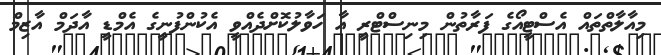
މިއާލާތްތައް އެސްޓީއޯގެ ފަރާތުން މިނިސްޓްރީ އާ ހަވާލުކޮށްދެއްވީ އެކުންފުނީގެ އެމްޑީ އާދަމް އާޒިމް